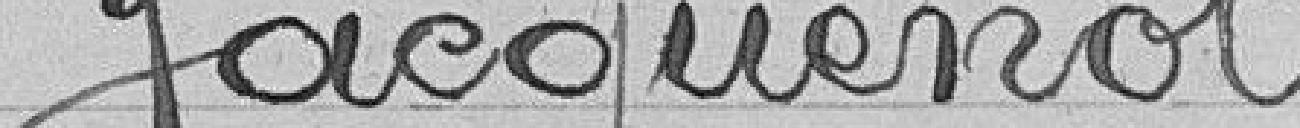
Jacquenot